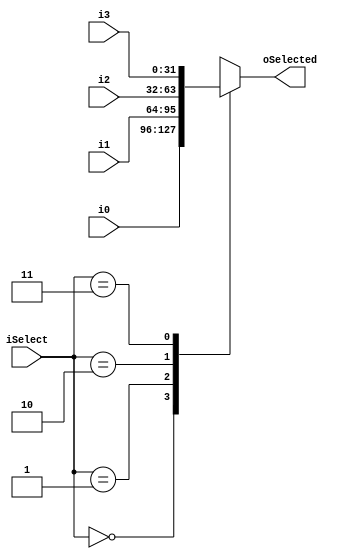
module Mult4to1 (i0, i1, i2, i3, iSelect, oSelected);

/* I/O type definition */
input wire [31:0] i0, i1, i2, i3;
input wire [1:0] iSelect;
output reg [31:0] oSelected;

/* Output selection */
always @(i0 or i1 or i2 or i3 or iSelect)
begin
	case (iSelect)
		2'b00:	oSelected <= i0;
		2'b01:	oSelected <= i1;
		2'b10:	oSelected <= i2;
		2'b11:	oSelected <= i3;
	endcase
end

endmodule